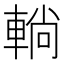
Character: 𨌩